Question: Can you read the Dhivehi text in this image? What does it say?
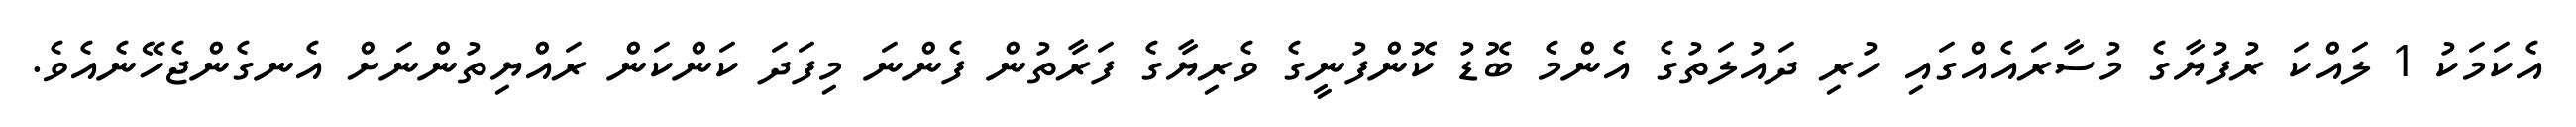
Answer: އެކަމަކު 1 ލައްކަ ރުފުޔާގެ މުސާރައެއްގައި ހުރި ދައުލަތުގެ އެންމެ ބޮޑު ކޮންފުނީގެ ވެރިޔާގެ ފަރާތުން ފެންނަ މިފަދަ ކަންކަން ރައްޔިތުންނަށް އެނގެންޖެހޭނެއެވެ.